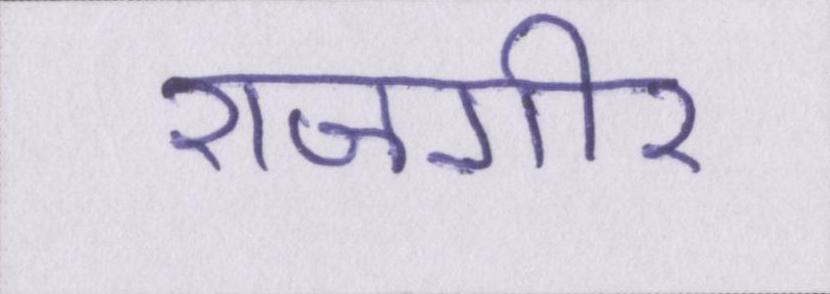
राजगीर